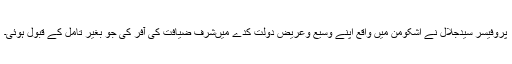
پروفیسر سیدجلال نے اشکومن میں واقع اپنے وسیع وعریض دولت کدے میںشرفِ ضیافت کی آفر کی جو بغیر تامل کے قبول ہوئی۔